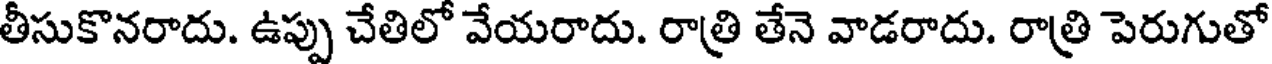
తీసుకొనరాదు. ఉప్పు చేతిలో వేయరాదు. రాత్రి తేనె వాడరాదు. రాత్రి పెరుగుతో